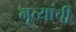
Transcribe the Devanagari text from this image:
नृत्यांची